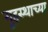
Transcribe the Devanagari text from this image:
गृ्हस्थाच्या